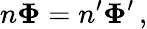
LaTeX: n\boldsymbol\Phi=n^{\prime}\boldsymbol\Phi^{\prime}\, ,